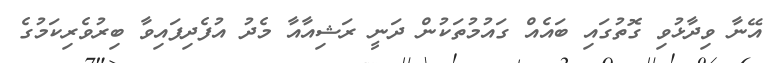
އޭނާ ވިދާޅުވި ގޮތުގައި ބައެއް ގައުމުތަކުން ދަނީ ރަޝިއާއާ މެދު އުފެދިފައިވާ ބިރުވެރިކަމުގެ